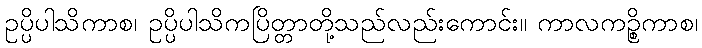
ဥပ္ပိပါသိကာစ၊ ဥပ္ပိပါသိကပြိတ္တာတို့သည်လည်းကောင်း။ ကာလကဉ္စိကာစ၊